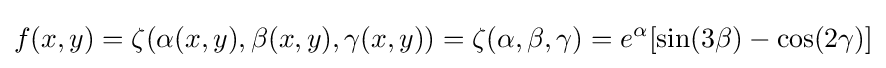
f(x,y)=\zeta (\alpha (x,y),\beta (x,y),\gamma (x,y))=\zeta (\alpha ,\beta ,\gamma )=e^{\alpha }[\sin(3\beta )-\cos(2\gamma )]